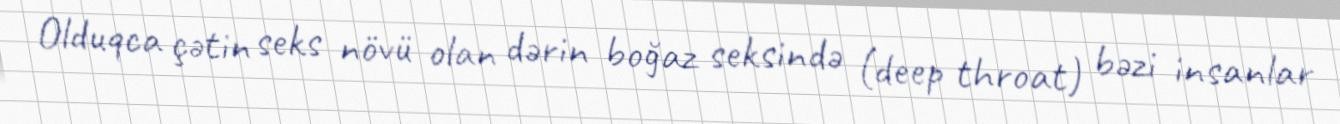
Olduqca çətin seks növü olan dərin boğaz seksində (deep throat) bəzi insanlar